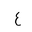
Letter: _ayn